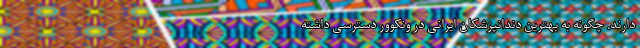
دارند. چگونه به بهترین دندانپزشکان ایرانی در ونکوور دسترسی داشته